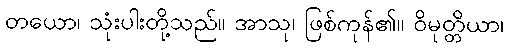
တယော၊ သုံးပါးတို့သည်။ အာသု၊ ဖြစ်ကုန်၏။ ဝိမုတ္တိယာ၊